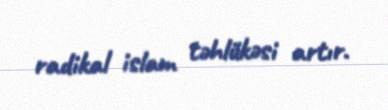
radikal islam təhlükəsi artır.